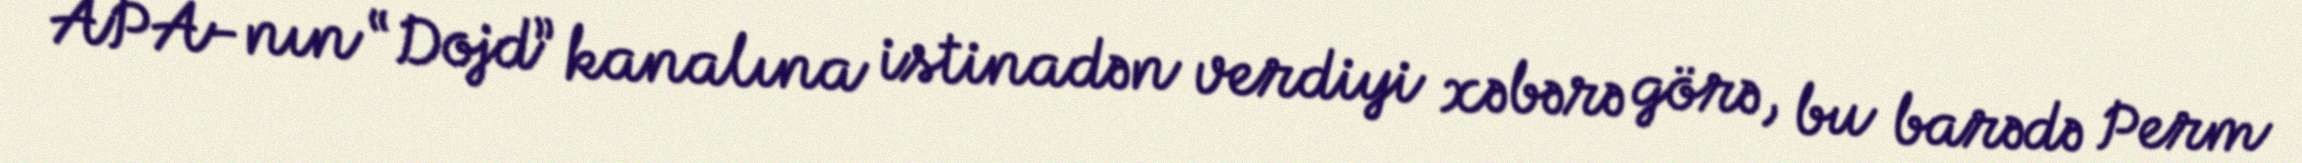
APA-nın “Dojd” kanalına istinadən verdiyi xəbərə görə, bu barədə Perm